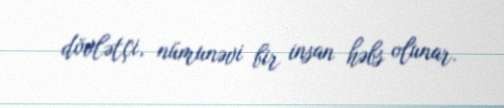
dövlətçi, nümunəvi bir insan həbs olunar.